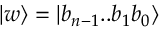
| w \rangle = | b _ { n - 1 } . . b _ { 1 } b _ { 0 } \rangle